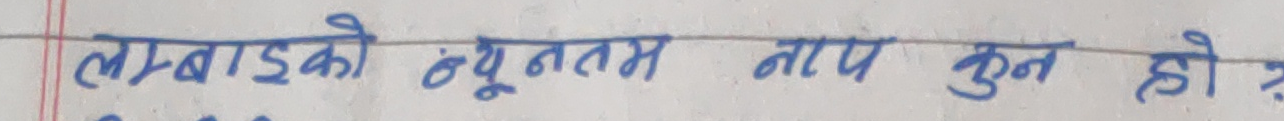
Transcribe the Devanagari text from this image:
लम्बाइको न्यूनतम नाप कुन हो ?